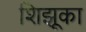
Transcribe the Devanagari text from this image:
शिझूका